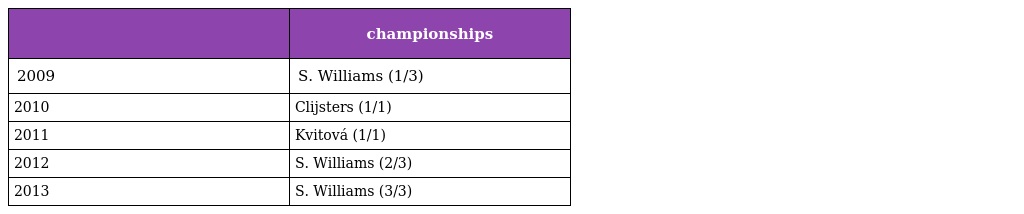
|  | championships |
 | --- | --- |
 | 2009 | S. Williams (1/3) |
 | 2010 | Clijsters (1/1) |
 | 2011 | Kvitová (1/1) |
 | 2012 | S. Williams (2/3) |
 | 2013 | S. Williams (3/3) |